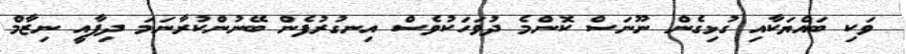
ވަކި ބައްޔަކާއި ގުޅިގެން ނޫނަސް ކޮންމެ ދުވަހަކުވެސް އިނގުރުފެން ބޭނުންކުރާނަމަ ދިފާއީ ނިޒާމް